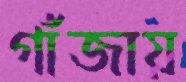
গাঁজায়